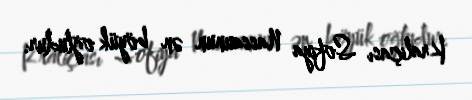
Kraliçası Sofiya Nassaunun ən böyük oğludur.